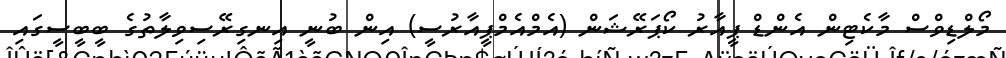
މޯލްޑިވްސް މާކެޓިން އެންޑް ޕީއާރު ކޯޕަރޭޝަން (އެމްއެމްޕީއާރުސީ) އިން ބުނީ އިނގިރޭސިވިލާތުގެ ބީބީސީގައި